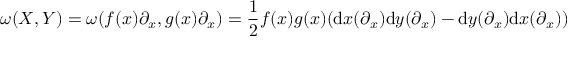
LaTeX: \omega ( X , Y ) = \omega ( f ( x ) \partial _ { x } , g ( x ) \partial _ { x } ) = { \frac { 1 } { 2 } } f ( x ) g ( x ) ( \mathrm { d } x ( \partial _ { x } ) \mathrm { d } y ( \partial _ { x } ) - \mathrm { d } y ( \partial _ { x } ) \mathrm { d } x ( \partial _ { x } ) )